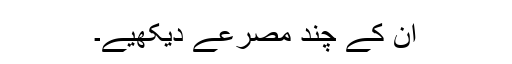
ان کے چند مصرعے دیکھیے۔